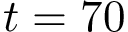
t = 7 0